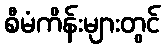
စီမံကိန်းများတွင်